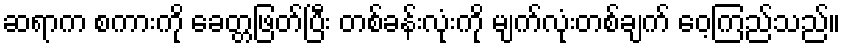
ဆရာက စကားကို ခေတ္တဖြတ်ပြီး တစ်ခန်းလုံးကို မျက်လုံးတစ်ချက် ဝေ့ကြည်သည်။